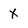
Character: x